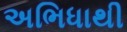
અભિધાથી